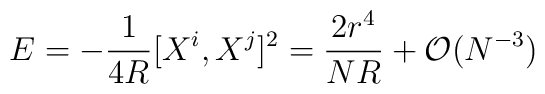
E = -\frac{1}{4 R} [X^i, X^j]^2 = \frac{2r^4}{ N R}  +{\cal O} (N^{-3})